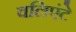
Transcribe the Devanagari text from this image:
वलिएंटे